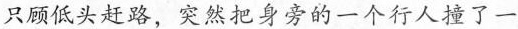
只顾低头赶路，突然把身旁的一个行人撞了一